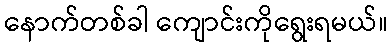
နောက်တစ်ခါ ကျောင်းကိုရွေးရမယ်။